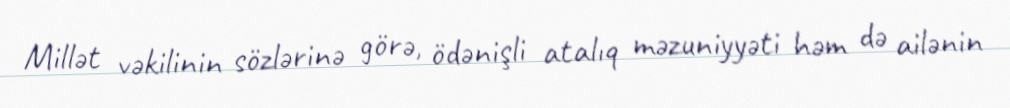
Millət vəkilinin sözlərinə görə, ödənişli atalıq məzuniyyəti həm də ailənin